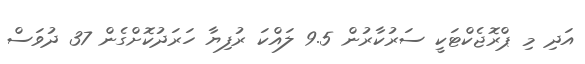
އަދި މި ޕްރޮޖެކްޓަކީ ސަރުކާރުން 9.5 ލައްކަ ރުފިޔާ ހަރަދުކޮށްގެން 37 ދުވަސް